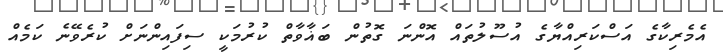
އެމެރިކާގެ އަސްކަރިއްޔާގެ އުސޫލުތައް އޮންނަ ގޮތުން ބަޣާވާތް ކުރުމަކީ ސިފައިންނަށް ކުރެވޭނެ ކަމެއް